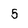
Character: 5